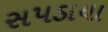
સપડાયા